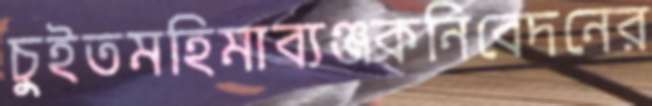
চুইতমহিমাব্যঞ্জকনিবেদনের